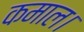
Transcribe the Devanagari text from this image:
कमाल।